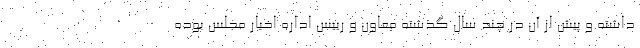
داشته و پیش از آن در چند سال گذشته معاون و رییس اداره اخبار مجلس بوده